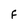
Character: F